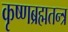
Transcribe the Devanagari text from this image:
कृष्णब्रह्मतन्त्र